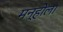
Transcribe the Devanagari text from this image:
मन्होला